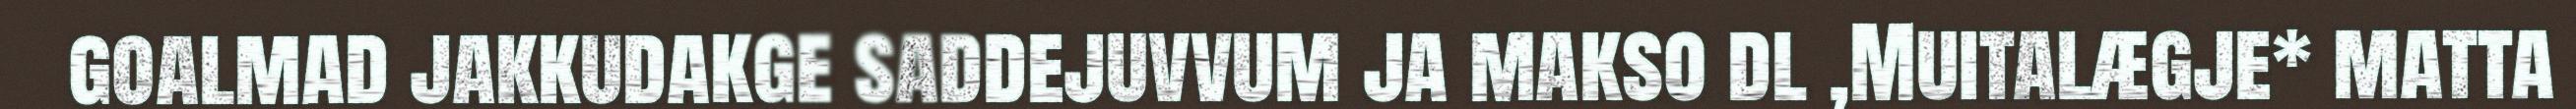
goalmad jakkudakge saddejuvvum ja makso dl ,Muitalægje* matta